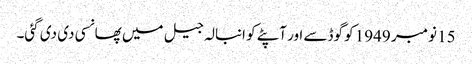
15 نومبر 1949 کو گوڈسے اور آپٹے کو انبالہ جیل میں پھانسی دی دی گئی۔